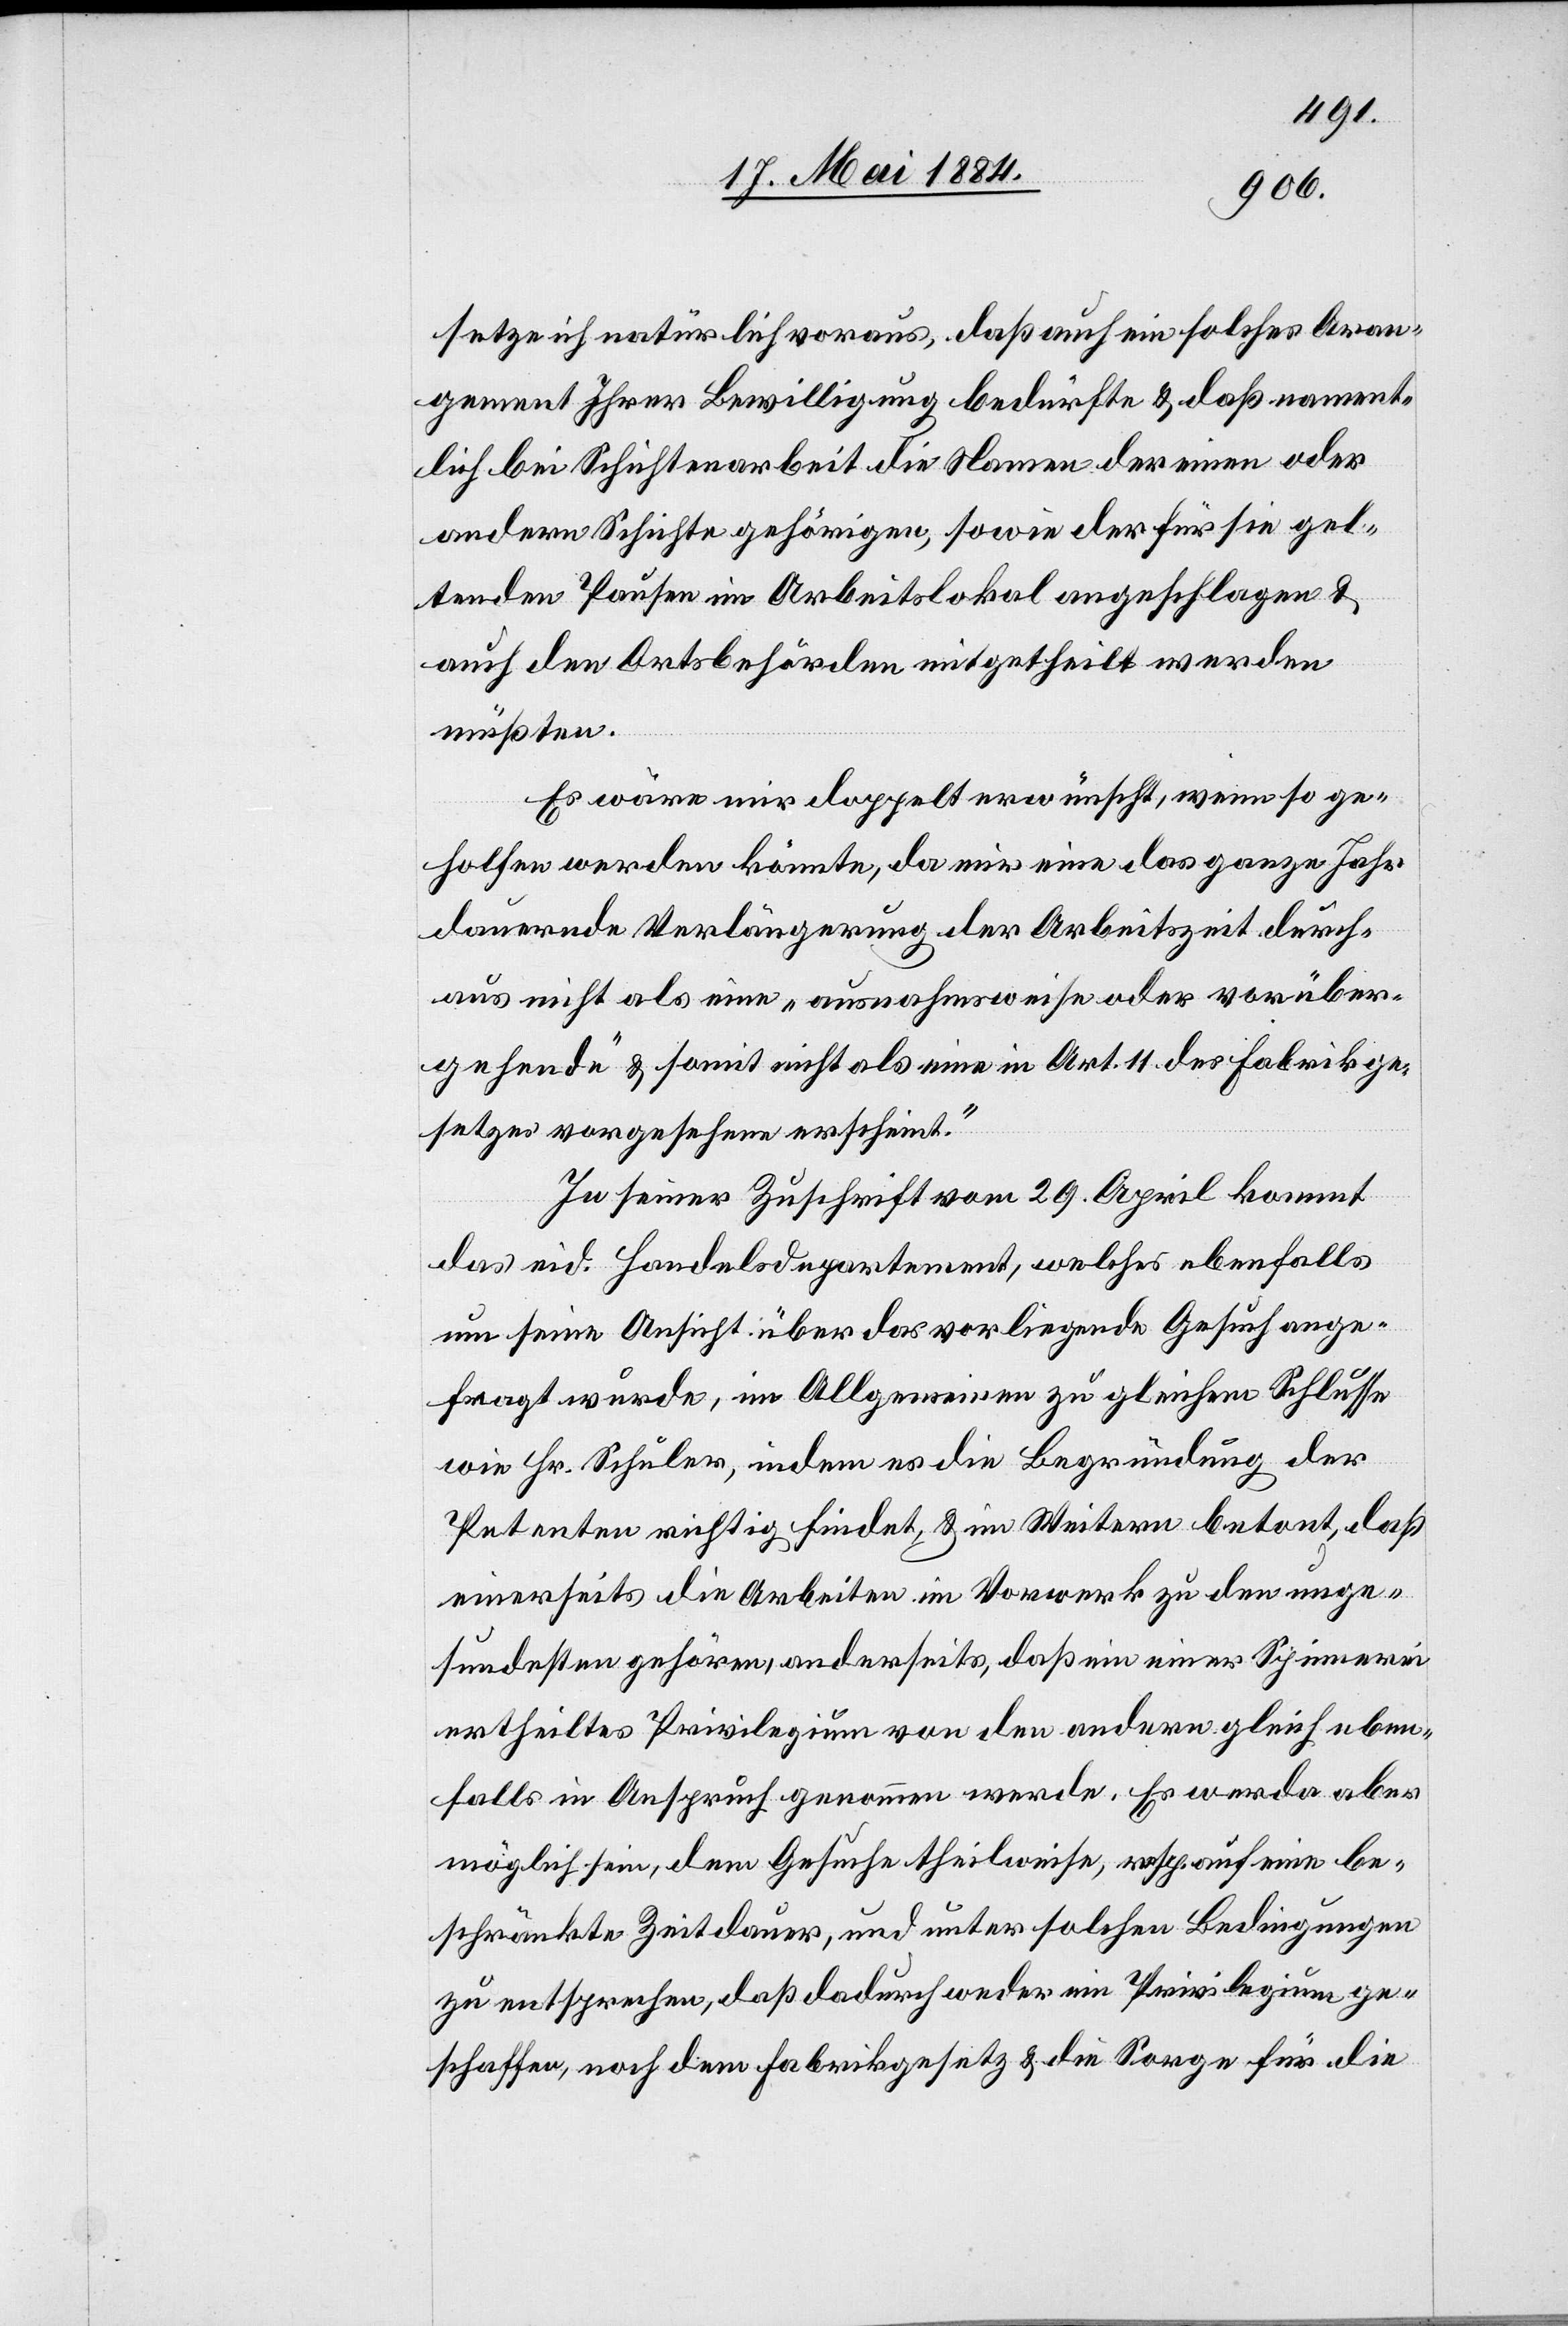
setze ich natürlich voraus, daß auch ein solches Ar¬
gument Ihrer Bewilligung bedürfte & daß nament¬
lich bei Schichtarbeit die Namen der einen oder
andern Schichte gehörigen, sowie der für sie gel¬
tenden Pausen im Arbeitslokal angeschlagen &
auch den Ortsbehörden mitgetheilt werden
müßten.
Es wäre mir doppelt erwünscht, wenn so ge¬
holfen werden könnte, da mir eine das ganze Jahr
dauernde Verlängerung der Arbeitszeit durch¬
aus nicht als eine „ausnahmsweise oder vorüber¬
gehende“ & somit nicht als eine in Art. 11 des Fabrikge¬
setzes vorgesehene erscheint.“
In seiner Zuschrift vom 29. April kommt
das eid. Handelsdepartement, welches ebenfalls
um seine Ansicht über das vorliegende Gesuch ange¬
fragt wurde, im Allgemeinen zu gleichem Schlusse
wie Hr. Schuler, indem es die Begründung der
Petenten richtig findet & im Weitern betont, daß
einerseits die Arbeiten im Vorwerk zu den unge¬
sundesten gehören, anderseits, daß ein einer Spinnerei
ertheiltes Privilegium von den andern gleich eben¬
falls in Anspruch genommen werde. Es werde aber
möglich sein, dem Gesuche theilweise, resp. auf eine be¬
schränkte Zeitdauer, und unter solchen Bedingungen
zu entsprechen, daß dadurch weder ein Privilegium ge¬
schaffen, noch dem Fabrikgesetz & die Sorge für die